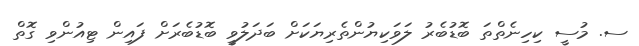
ސ. މުސީ ކިހިނެތްތަ ބޮޑުބެރު ލަވަކިޔުންތެރިޔަކަށް ބަދަލުވީ ބޮޑުބެރަށް ފައިން ޓިއުންވި ގޮތް